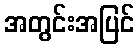
အတွင်းအပြင်